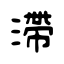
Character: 滯